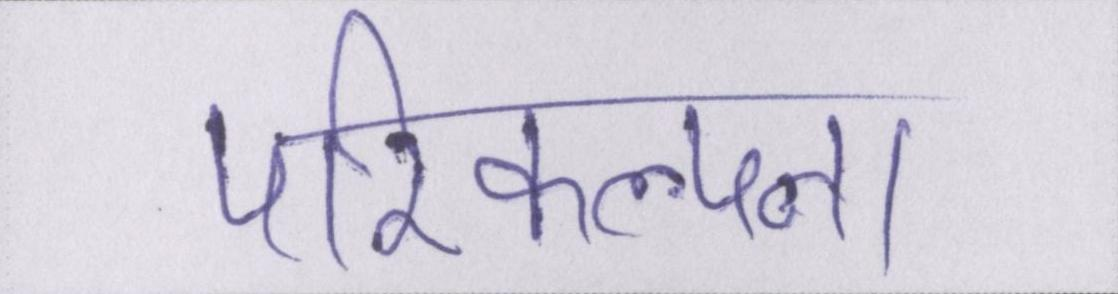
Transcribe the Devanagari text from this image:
परिकल्पना